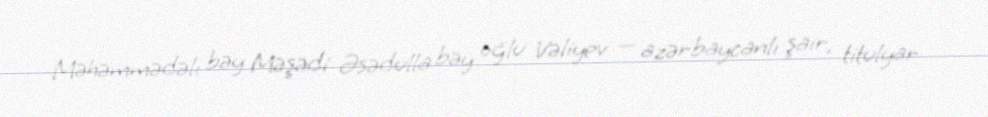
Məhəmmədəli bəy Məşədi Əsədulla bəy oğlu Vəliyev — azərbaycanlı şair, titulyar